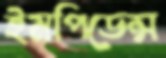
ইমপিডেন্স